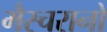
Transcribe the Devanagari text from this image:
मैस्चरानो